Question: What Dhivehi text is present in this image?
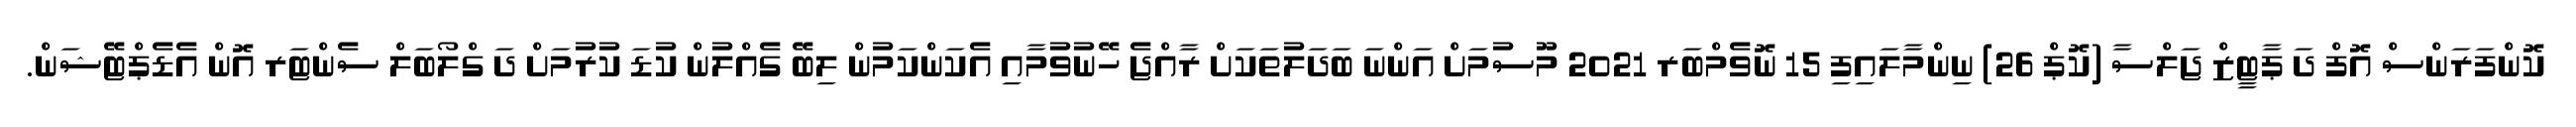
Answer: ކޮންފަރަންސް އޮފް ދަ ޕާޓީޒް ޖަލްސާ (ކޮޕް 26) ނިންމާލައިފި 15 ނޮވެމްބަރ 2021 މޫސުމަށް އަންނަ ބަދަލުތަކަށް ރާއްޖެ ހޭނުވުމާއި އެކަންކަމުން ލިބޭ ގެއްލުން ކުޑަ ކުރުމަށް ދަ ގްލޯބަލް ސެންޓަރ އޮން އެޑެޕްޓޭޝަން.